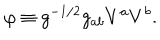
LaTeX: \varphi \equiv g ^ { - 1 / 2 } g _ { a b } V ^ { a } V ^ { b } .